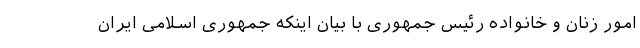
امور زنان و خانواده رئیس جمهوری با بیان اینکه جمهوری اسلامی ایران